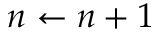
n \gets n + 1